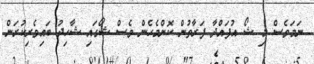
ނަމަވެސް މި ޝޯ އުފައްދާ ފަރާތުން ކޮންމެހެން ވެސް ޝޯގައި ޝާހިދު ބައިވެރިކުރަން